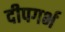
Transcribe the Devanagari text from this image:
दीपगर्भ